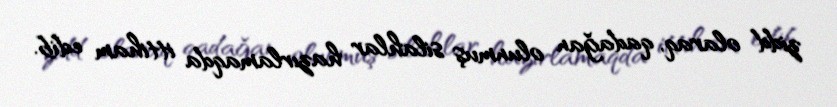
zidd olaraq, qadağan olunmuş silahlar hazırlamaqda ittiham edib.